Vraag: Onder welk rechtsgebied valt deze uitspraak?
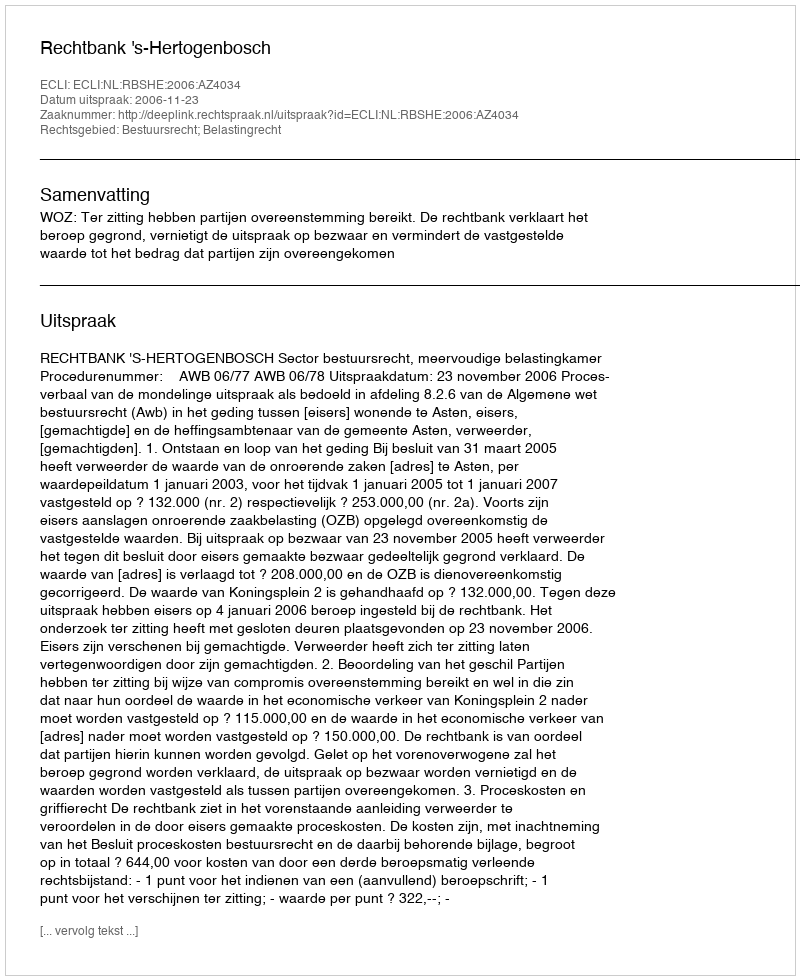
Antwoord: Bestuursrecht; Belastingrecht